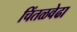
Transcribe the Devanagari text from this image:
चिंतळवेढा